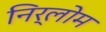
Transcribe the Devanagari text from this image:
निर्लोम